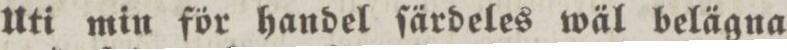
Uti min för handel ſärdeles wäl belägna